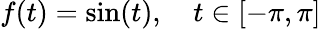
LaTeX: f(t)=\sin(t),\quad t\in[-\pi,\pi]